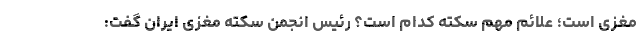
مغزی است؛ علائم مهم سکته کدام است؟ رئیس انجمن سکته مغزی ایران گفت: